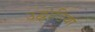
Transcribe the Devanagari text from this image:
उद्वाडिया